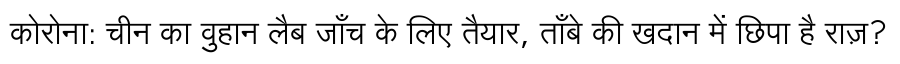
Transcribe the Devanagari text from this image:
कोरोना: चीन का वुहान लैब जाँच के लिए तैयार, ताँबे की खदान में छिपा है राज़?